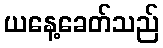
ယနေ့ခေတ်သည်